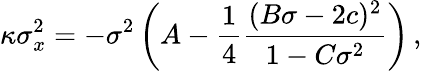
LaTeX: \kappa\sigma_{x}^{2}=-\sigma^{2}\left(A-\frac 14{\frac{(B\sigma-2c)^{2}}{1-C\sigma^{2}}}\right)\, ,